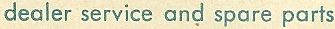
dearer service and spare parts